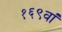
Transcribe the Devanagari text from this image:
१६९वां